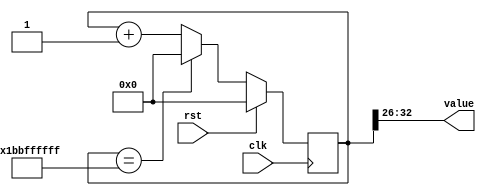
/*
   This file was generated automatically by Alchitry Labs version 1.2.7.
   Do not edit this file directly. Instead edit the original Lucid source.
   This is a temporary file and any changes made to it will be destroyed.
*/

/*
   Parameters:
     SIZE = NUM_STATE_BITS
     DIV = 26
     TOP = NUM_STATES
     UP = 1
*/
module counter_8 (
    input clk,
    input rst,
    output reg [6:0] value
  );
  
  localparam SIZE = 3'h7;
  localparam DIV = 5'h1a;
  localparam TOP = 7'h6e;
  localparam UP = 1'h1;
  
  
  reg [32:0] M_ctr_d, M_ctr_q = 1'h0;
  
  localparam MAX_VALUE = 33'h1bbffffff;
  
  always @* begin
    M_ctr_d = M_ctr_q;
    
    value = M_ctr_q[26+6-:7];
    if (1'h1) begin
      M_ctr_d = M_ctr_q + 1'h1;
      if (1'h1 && M_ctr_q == 33'h1bbffffff) begin
        M_ctr_d = 1'h0;
      end
    end else begin
      M_ctr_d = M_ctr_q - 1'h1;
      if (1'h1 && M_ctr_q == 1'h0) begin
        M_ctr_d = 33'h1bbffffff;
      end
    end
  end
  
  always @(posedge clk) begin
    if (rst == 1'b1) begin
      M_ctr_q <= 1'h0;
    end else begin
      M_ctr_q <= M_ctr_d;
    end
  end
  
endmodule